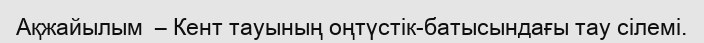
Ақжайылым  – Кент тауының оңтүстік-батысындағы тау сілемі.